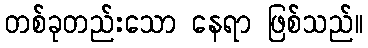
တစ်ခုတည်းသော နေရာ ဖြစ်သည်။